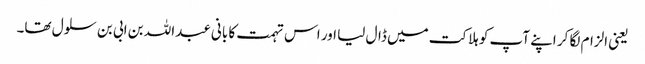
یعنی الزام لگا کر اپنے آپ کو ہلاکت میں ڈال لیا اور اس تہمت کا بانی عبداللہ بن ابی بن سلول تھا۔